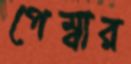
পেম্বার